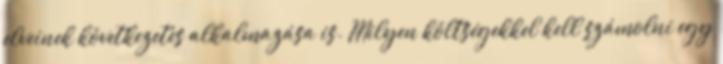
elveinek következetes alkalmazása is. Milyen költségekkel kell számolni egy